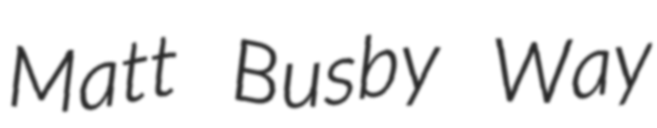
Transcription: Matt Busby Way